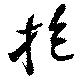
抱